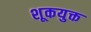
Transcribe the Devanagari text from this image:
शूकयुक्त